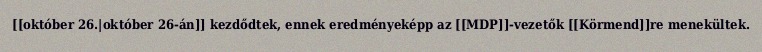
[[október 26.|október 26-án]] kezdődtek, ennek eredményeképp az [[MDP]]-vezetők [[Körmend]]re menekültek.